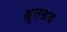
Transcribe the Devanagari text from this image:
श्रुतश्रव